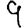
Digit: 9